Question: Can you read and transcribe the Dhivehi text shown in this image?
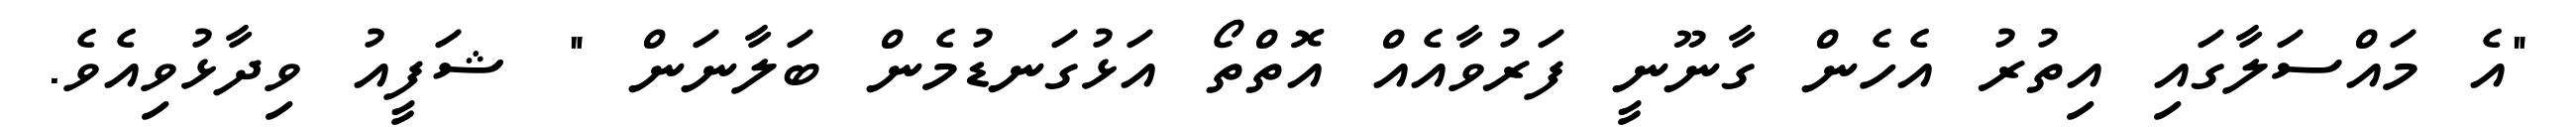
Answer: "އެ މައްސަލާގައި އިތުރު އެހެން ގާނޫނީ ފަރުވާއެއް އޮތްތޯ އަޅުގަނޑުމެން ބަލާނަން " ޝަފީއު ވިދާޅުވިއެވެ.